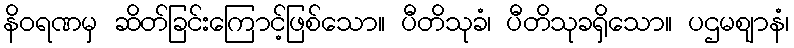
နိဝရဏမှ ဆိတ်ခြင်းကြောင့်ဖြစ်သော။ ပီတိသုခံ၊ ပီတိသုခရှိသော။ ပဌမဈာနံ၊